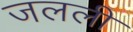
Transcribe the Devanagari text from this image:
जलली